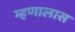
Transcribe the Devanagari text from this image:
म्हणालास